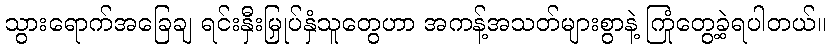
သွားရောက်အခြေချ ရင်းနှီးမြှုပ်နှံသူတွေဟာ အကန့်အသတ်များစွာနဲ့ ကြုံတွေ့ခဲ့ရပါတယ်။